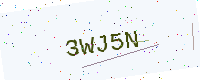
Text: 3WJ5N